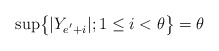
\begin{align*}\sup\bigr\{|Y_{e^{'}+i}|;1\leq i<\theta\bigr\}=\theta\end{align*}